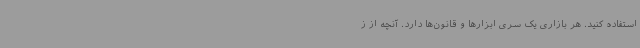
استفاده کنید. هر بازاری یک سری ابزارها و قانون‌ها دارد. آنچه از ز